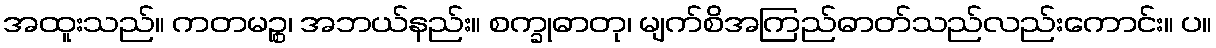
အထူးသည်။ ကတမဉ္စ၊ အဘယ်နည်း။ စက္ခုဓာတု၊ မျက်စိအကြည်ဓာတ်သည်လည်းကောင်း။ ပ။